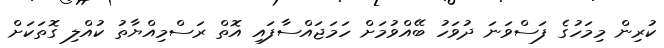
ކުރިން މިމަހުގެ ފަސްވަނަ ދުވަހު ބޭއްވުމަށް ހަމަޖައްސާފައި އޮތް ރަސްމިއްޔާތު ކުއްލި ގޮތަކަށް